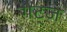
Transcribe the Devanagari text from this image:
गेट्ज